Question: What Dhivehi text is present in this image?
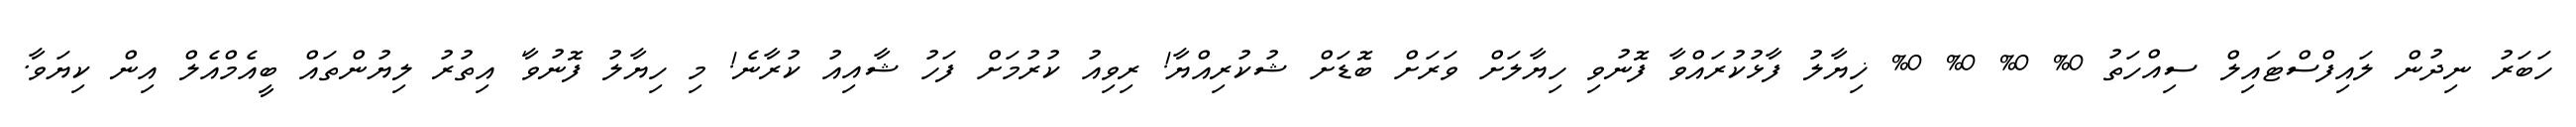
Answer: ހަބަރު ނިދުން ލައިފްސްޓައިލް ސިއްހަތު 0% 0% 0% 0% ޚިޔާލު ފާޅުކުރައްވާ ފޮނުވި ހިޔާލަށް ވަރަށް ބޮޑަށް ޝުކުރިއްޔާ! ރިވިއު ކުރުމަށް ފަހު ޝާއިއު ކުރާނެ! މި ހިޔާލު ފޮނުވާ' އިތުރު ލިޔުންތައް ބީއެމްއެލް އިން ކިޔަވާ.